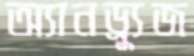
অ্যানড্র্যুজ